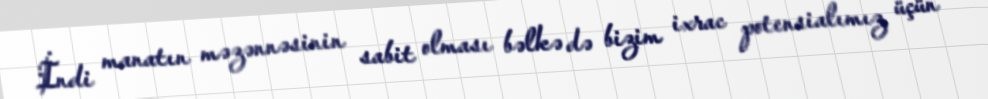
İndi manatın məzənnəsinin sabit olması bəlkə də bizim ixrac potensialımız üçün